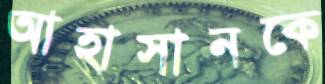
আহাসানকে